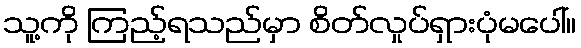
သူ့ကို ကြည့်ရသည်မှာ စိတ်လှုပ်ရှားပုံမပေါ်။